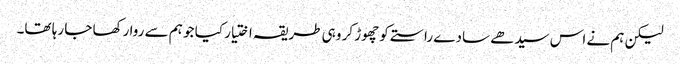
لیکن ہم نے اس سیدھے سادے راستے کو چھوڑ کر وہی طریقہ اختیار کیا جو ہم سے روا رکھا جا رہا تھا۔